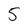
Character: 5